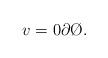
LaTeX: \begin{align*} v = 0\partial \O. \end{align*}